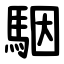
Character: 駰